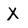
Character: X